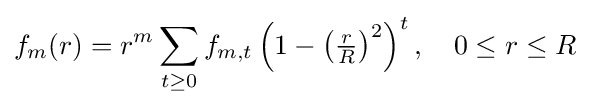
f_{m}(r)=r^{m}\sum _{t\geq 0}f_{m,t}\left(1-\left({\tfrac {r}{R}}\right)^{2}\right)^{t},\quad 0\leq r\leq R